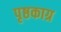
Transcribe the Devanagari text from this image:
पृष्ठकाग्र